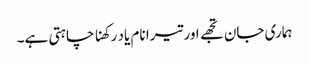
ہماری جان تجھے اور تیرا نام یاد رکھنا چاہتی ہے۔